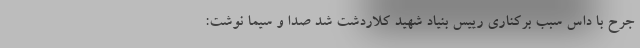
جرح با داس سبب برکناری رییس بنیاد شهید کلاردشت شد صدا و سیما نوشت: